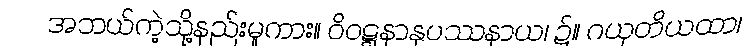
အဘယ်ကဲ့သို့နည်းမူကား။ ဝိဝဋ္ဋနာနုပဿနာယ၊ ၌။ ဂယှတိယထာ၊